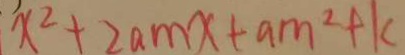
x ^ { 2 } + 2 a m x + a m ^ { 2 } + k